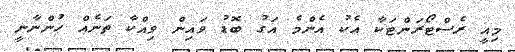
މިއީ ރެސްޓޯރަންޓަކާ އެކު އެންމެ އަގު ބޮޑު ވައިން ވިއްކާ ތަނެއް ހުންނާނީ